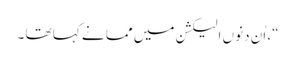
“، اُن دنوں الیکشن میں مما نے کہا تھا ۔